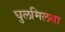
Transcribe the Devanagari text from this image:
घुलमिलसा